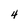
Character: 4